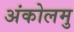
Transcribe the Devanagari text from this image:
अंकोलमु